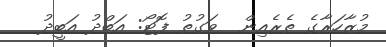
މުޒާހަރާގެ ތެރެއިން  ވަގުތު ފޮޓޯ: އަބްދު އަބީދު